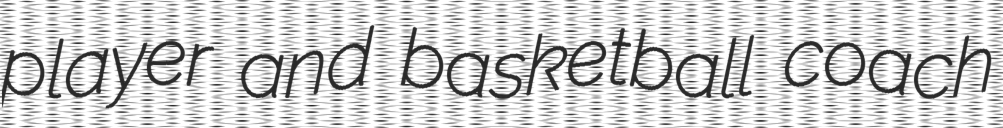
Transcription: player and basketball coach